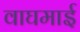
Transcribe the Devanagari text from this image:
वाघमाई